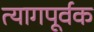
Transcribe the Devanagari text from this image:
त्यागपूर्वक